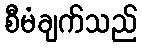
စီမံချက်သည်